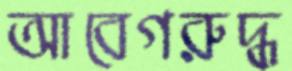
আবেগরুদ্ধ